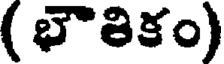
( భౌతికం)